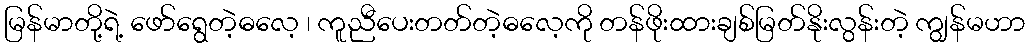
မြန်မာတို့ရဲ့ ဖော်ရွေတဲ့ဓလေ့ ၊ ကူညီပေးတတ်တဲ့ဓလေ့ကို တန်ဖိုးထားချစ်မြတ်နိုးလွန်းတဲ့ ကျွန်မဟာ